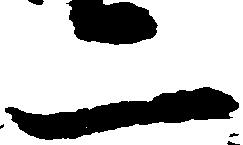
二